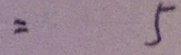
= 5